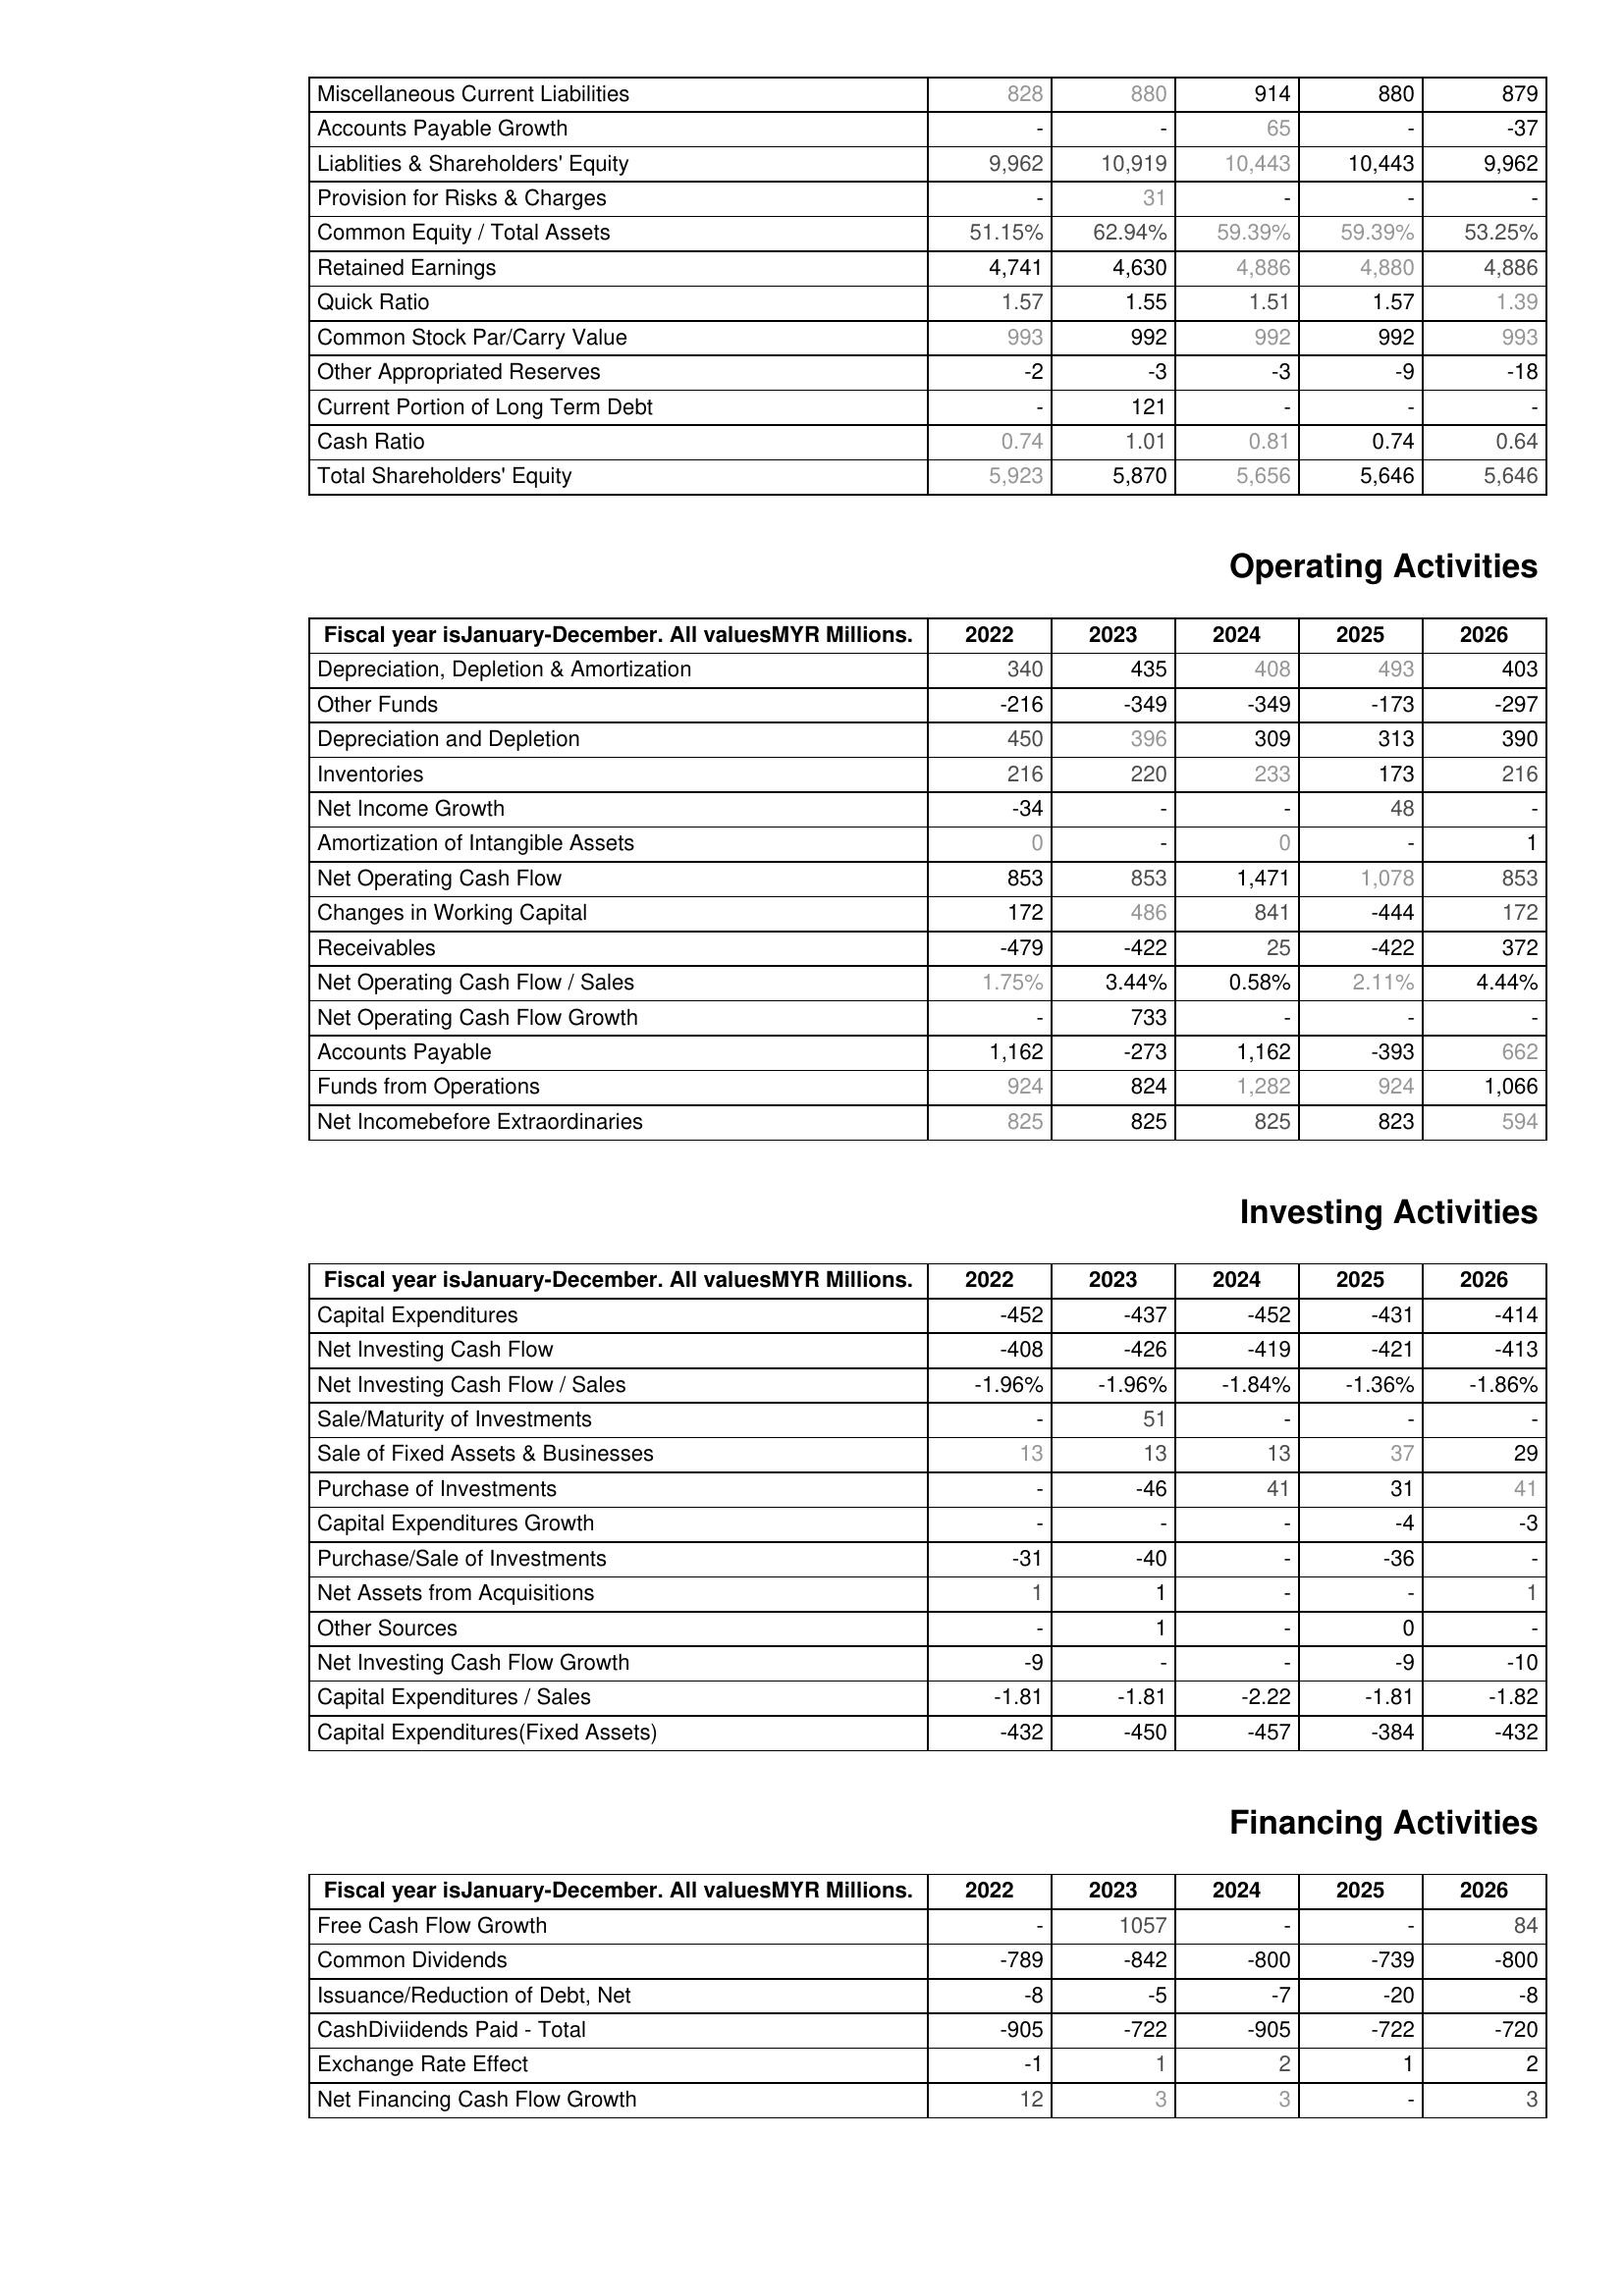
2022: Liabilities & Shareholder's Equity: Miscellaneous Current Liabilities: 828
Accounts Payable Growth: -
Liablities & Shareholders' Equity: 9,962
Provision for Risks & Charges: -
Common Equity / Total Assets: 51.15%
Retained Earnings: 4,741
Quick Ratio: 1.57
Common Stock Par/Carry Value: 993
Other Appropriated Reserves: -2
Current Portion of Long Term Debt: -
Cash Ratio: 0.74
Total Shareholders' Equity: 5,923
Operating Activities: Depreciation, Depletion & Amortization: 340
Other Funds: -216
Depreciation and Depletion: 450
Inventories: 216
Net Income Growth: -34
Amortization of Intangible Assets: 0
Net Operating Cash Flow: 853
Changes in Working Capital: 172
Receivables: -479
Net Operating Cash Flow / Sales: 1.75%
Net Operating Cash Flow Growth: -
Accounts Payable: 1,162
Funds from Operations: 924
Net Incomebefore Extraordinaries: 825
Investing Activities: Capital Expenditures: -452
Net Investing Cash Flow: -408
Net Investing Cash Flow / Sales: -1.96%
Sale/Maturity of Investments: -
Sale of Fixed Assets & Businesses: 13
Purchase of Investments: -
Capital Expenditures Growth: -
Purchase/Sale of Investments: -31
Net Assets from Acquisitions: 1
Other Sources: -
Net Investing Cash Flow Growth: -9
Capital Expenditures / Sales: -1.81
Capital Expenditures(Fixed Assets): -432
Financing Activities: Free Cash Flow Growth: -
Common Dividends: -789
Issuance/Reduction of Debt, Net: -8
CashDiviidends Paid - Total: -905
Exchange Rate Effect: -1
Net Financing Cash Flow Growth: 12
2023: Liabilities & Shareholder's Equity: Miscellaneous Current Liabilities: 880
Accounts Payable Growth: -
Liablities & Shareholders' Equity: 10,919
Provision for Risks & Charges: 31
Common Equity / Total Assets: 62.94%
Retained Earnings: 4,630
Quick Ratio: 1.55
Common Stock Par/Carry Value: 992
Other Appropriated Reserves: -3
Current Portion of Long Term Debt: 121
Cash Ratio: 1.01
Total Shareholders' Equity: 5,870
Operating Activities: Depreciation, Depletion & Amortization: 435
Other Funds: -349
Depreciation and Depletion: 396
Inventories: 220
Net Income Growth: -
Amortization of Intangible Assets: -
Net Operating Cash Flow: 853
Changes in Working Capital: 486
Receivables: -422
Net Operating Cash Flow / Sales: 3.44%
Net Operating Cash Flow Growth: 733
Accounts Payable: -273
Funds from Operations: 824
Net Incomebefore Extraordinaries: 825
Investing Activities: Capital Expenditures: -437
Net Investing Cash Flow: -426
Net Investing Cash Flow / Sales: -1.96%
Sale/Maturity of Investments: 51
Sale of Fixed Assets & Businesses: 13
Purchase of Investments: -46
Capital Expenditures Growth: -
Purchase/Sale of Investments: -40
Net Assets from Acquisitions: 1
Other Sources: 1
Net Investing Cash Flow Growth: -
Capital Expenditures / Sales: -1.81
Capital Expenditures(Fixed Assets): -450
Financing Activities: Free Cash Flow Growth: 1057
Common Dividends: -842
Issuance/Reduction of Debt, Net: -5
CashDiviidends Paid - Total: -722
Exchange Rate Effect: 1
Net Financing Cash Flow Growth: 3
2024: Liabilities & Shareholder's Equity: Miscellaneous Current Liabilities: 914
Accounts Payable Growth: 65
Liablities & Shareholders' Equity: 10,443
Provision for Risks & Charges: -
Common Equity / Total Assets: 59.39%
Retained Earnings: 4,886
Quick Ratio: 1.51
Common Stock Par/Carry Value: 992
Other Appropriated Reserves: -3
Current Portion of Long Term Debt: -
Cash Ratio: 0.81
Total Shareholders' Equity: 5,656
Operating Activities: Depreciation, Depletion & Amortization: 408
Other Funds: -349
Depreciation and Depletion: 309
Inventories: 233
Net Income Growth: -
Amortization of Intangible Assets: 0
Net Operating Cash Flow: 1,471
Changes in Working Capital: 841
Receivables: 25
Net Operating Cash Flow / Sales: 0.58%
Net Operating Cash Flow Growth: -
Accounts Payable: 1,162
Funds from Operations: 1,282
Net Incomebefore Extraordinaries: 825
Investing Activities: Capital Expenditures: -452
Net Investing Cash Flow: -419
Net Investing Cash Flow / Sales: -1.84%
Sale/Maturity of Investments: -
Sale of Fixed Assets & Businesses: 13
Purchase of Investments: 41
Capital Expenditures Growth: -
Purchase/Sale of Investments: -
Net Assets from Acquisitions: -
Other Sources: -
Net Investing Cash Flow Growth: -
Capital Expenditures / Sales: -2.22
Capital Expenditures(Fixed Assets): -457
Financing Activities: Free Cash Flow Growth: -
Common Dividends: -800
Issuance/Reduction of Debt, Net: -7
CashDiviidends Paid - Total: -905
Exchange Rate Effect: 2
Net Financing Cash Flow Growth: 3
2025: Liabilities & Shareholder's Equity: Miscellaneous Current Liabilities: 880
Accounts Payable Growth: -
Liablities & Shareholders' Equity: 10,443
Provision for Risks & Charges: -
Common Equity / Total Assets: 59.39%
Retained Earnings: 4,880
Quick Ratio: 1.57
Common Stock Par/Carry Value: 992
Other Appropriated Reserves: -9
Current Portion of Long Term Debt: -
Cash Ratio: 0.74
Total Shareholders' Equity: 5,646
Operating Activities: Depreciation, Depletion & Amortization: 493
Other Funds: -173
Depreciation and Depletion: 313
Inventories: 173
Net Income Growth: 48
Amortization of Intangible Assets: -
Net Operating Cash Flow: 1,078
Changes in Working Capital: -444
Receivables: -422
Net Operating Cash Flow / Sales: 2.11%
Net Operating Cash Flow Growth: -
Accounts Payable: -393
Funds from Operations: 924
Net Incomebefore Extraordinaries: 823
Investing Activities: Capital Expenditures: -431
Net Investing Cash Flow: -421
Net Investing Cash Flow / Sales: -1.36%
Sale/Maturity of Investments: -
Sale of Fixed Assets & Businesses: 37
Purchase of Investments: 31
Capital Expenditures Growth: -4
Purchase/Sale of Investments: -36
Net Assets from Acquisitions: -
Other Sources: 0
Net Investing Cash Flow Growth: -9
Capital Expenditures / Sales: -1.81
Capital Expenditures(Fixed Assets): -384
Financing Activities: Free Cash Flow Growth: -
Common Dividends: -739
Issuance/Reduction of Debt, Net: -20
CashDiviidends Paid - Total: -722
Exchange Rate Effect: 1
Net Financing Cash Flow Growth: -
2026: Liabilities & Shareholder's Equity: Miscellaneous Current Liabilities: 879
Accounts Payable Growth: -37
Liablities & Shareholders' Equity: 9,962
Provision for Risks & Charges: -
Common Equity / Total Assets: 53.25%
Retained Earnings: 4,886
Quick Ratio: 1.39
Common Stock Par/Carry Value: 993
Other Appropriated Reserves: -18
Current Portion of Long Term Debt: -
Cash Ratio: 0.64
Total Shareholders' Equity: 5,646
Operating Activities: Depreciation, Depletion & Amortization: 403
Other Funds: -297
Depreciation and Depletion: 390
Inventories: 216
Net Income Growth: -
Amortization of Intangible Assets: 1
Net Operating Cash Flow: 853
Changes in Working Capital: 172
Receivables: 372
Net Operating Cash Flow / Sales: 4.44%
Net Operating Cash Flow Growth: -
Accounts Payable: 662
Funds from Operations: 1,066
Net Incomebefore Extraordinaries: 594
Investing Activities: Capital Expenditures: -414
Net Investing Cash Flow: -413
Net Investing Cash Flow / Sales: -1.86%
Sale/Maturity of Investments: -
Sale of Fixed Assets & Businesses: 29
Purchase of Investments: 41
Capital Expenditures Growth: -3
Purchase/Sale of Investments: -
Net Assets from Acquisitions: 1
Other Sources: -
Net Investing Cash Flow Growth: -10
Capital Expenditures / Sales: -1.82
Capital Expenditures(Fixed Assets): -432
Financing Activities: Free Cash Flow Growth: 84
Common Dividends: -800
Issuance/Reduction of Debt, Net: -8
CashDiviidends Paid - Total: -720
Exchange Rate Effect: 2
Net Financing Cash Flow Growth: 3